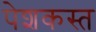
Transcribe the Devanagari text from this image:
पेशकस्त